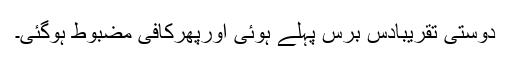
دوستی تقریباًدس برس پہلے ہوئی اورپھرکافی مضبوط ہوگئی۔